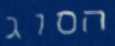
הסוג